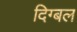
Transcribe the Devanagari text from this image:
दिग्बल